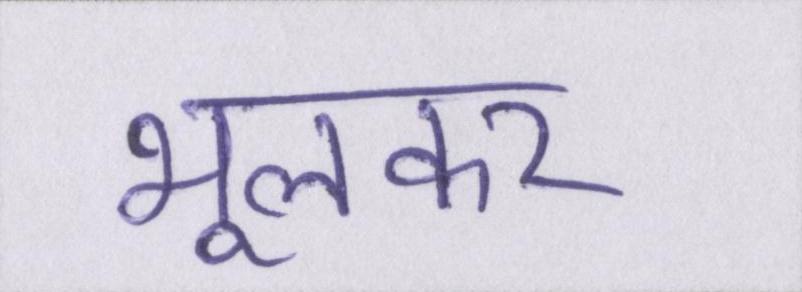
भूलकर